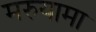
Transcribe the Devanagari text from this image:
मरुयामा